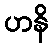
ဟနိ